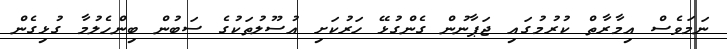
ނަމަވެސް އިމާރާތް ކުރުމުގައި ޖަޕާނުން ގެންގުޅޭ ހަރުކަށި އުސޫލުތަކުގެ ސަބުން ބިންހެލުމާ ގުޅިގެން